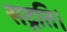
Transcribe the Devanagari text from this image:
सद्गति।